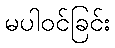
မပါဝင်ခြင်း